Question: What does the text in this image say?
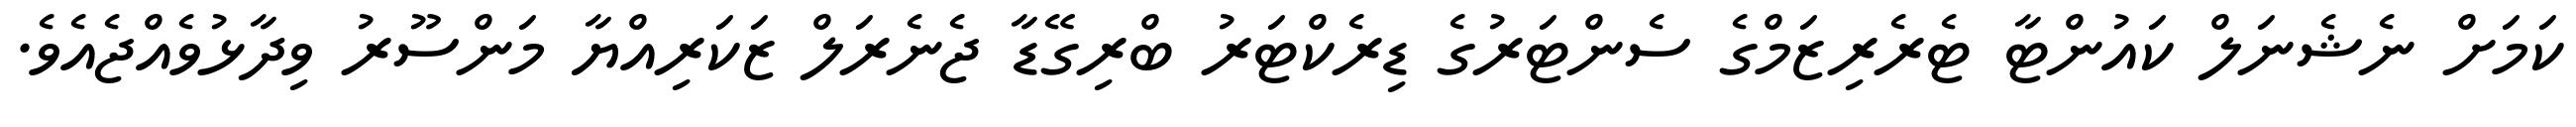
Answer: ކަމަށް ނެޝެނަލް ކައުންޓާ ޓެރެރިޒަމްގެ ސެންޓަރުގެ ޑިރެކްޓަރު ބްރިގޭޑާ ޖެނެރަލް ޒަކަރިއްޔާ މަންސޫރު ވިދާޅުވެއްޖެއެވެ.